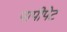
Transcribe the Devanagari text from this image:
पापीपेट